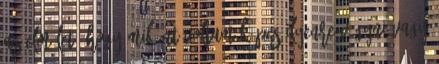
az elmélet, hogy miként voltam képes ilyenre vágyni vagy